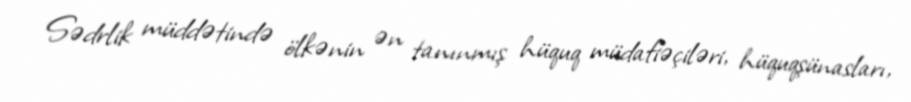
Sədrlik müddətində ölkənin ən tanınmış hüquq müdafiəçiləri, hüquqşünasları,